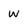
Character: w